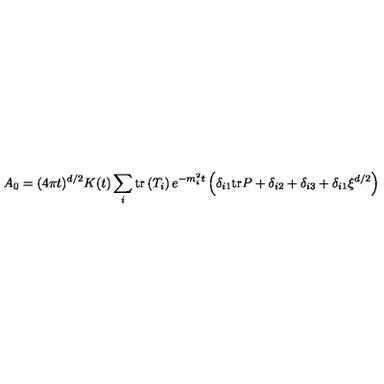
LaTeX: A _ { 0 } = ( 4 \pi t ) ^ { d / 2 } K ( t ) \sum _ { i } \mathrm { t r } \left( T _ { i } \right) e ^ { - m _ { i } ^ { 2 } t } \left( \delta _ { i 1 } \mathrm { t r } P + \delta _ { i 2 } + \delta _ { i 3 } + \delta _ { i 1 } \xi ^ { d / 2 } \right)